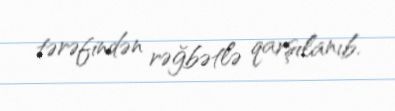
tərəfindən rəğbətlə qarşılanıb.